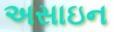
અસાઇન